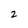
Character: 2